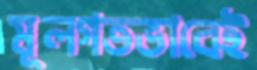
মূলগতভাবেই